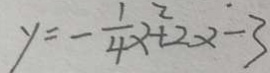
y = - \frac { 1 } { 4 } x ^ { 2 } + 2 x - 3